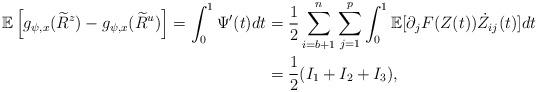
LaTeX: \begin{align*}\mathbb{E}\left[g_{\psi,x}(\widetilde{R}^{z})-g_{\psi,x}(\widetilde{R}^{u})\right]=\int_0^1 \Psi^{\prime}(t)dt&=\frac{1}{2}\sum_{i=b+1}^n \sum_{j=1}^{p} \int_0^1 \mathbb{E}[\partial_jF(Z(t))\dot{Z}_{ij}(t)]dt \\& =\frac{1}{2}(I_1+I_2+I_3),\end{align*}